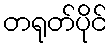
တရုတ်ပိုင်